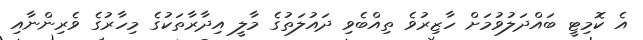
އެ ކޮމިޓީ ބައްދަލުވުމަށް ހާޒިރުވެ ތިއްބެވި ދައުލަތުގެ މާލީ އިދާރާތަކުގެ މިހާރުގެ ވެރިންނާއި